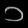
Digit: ၁